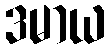
ဒမာယ